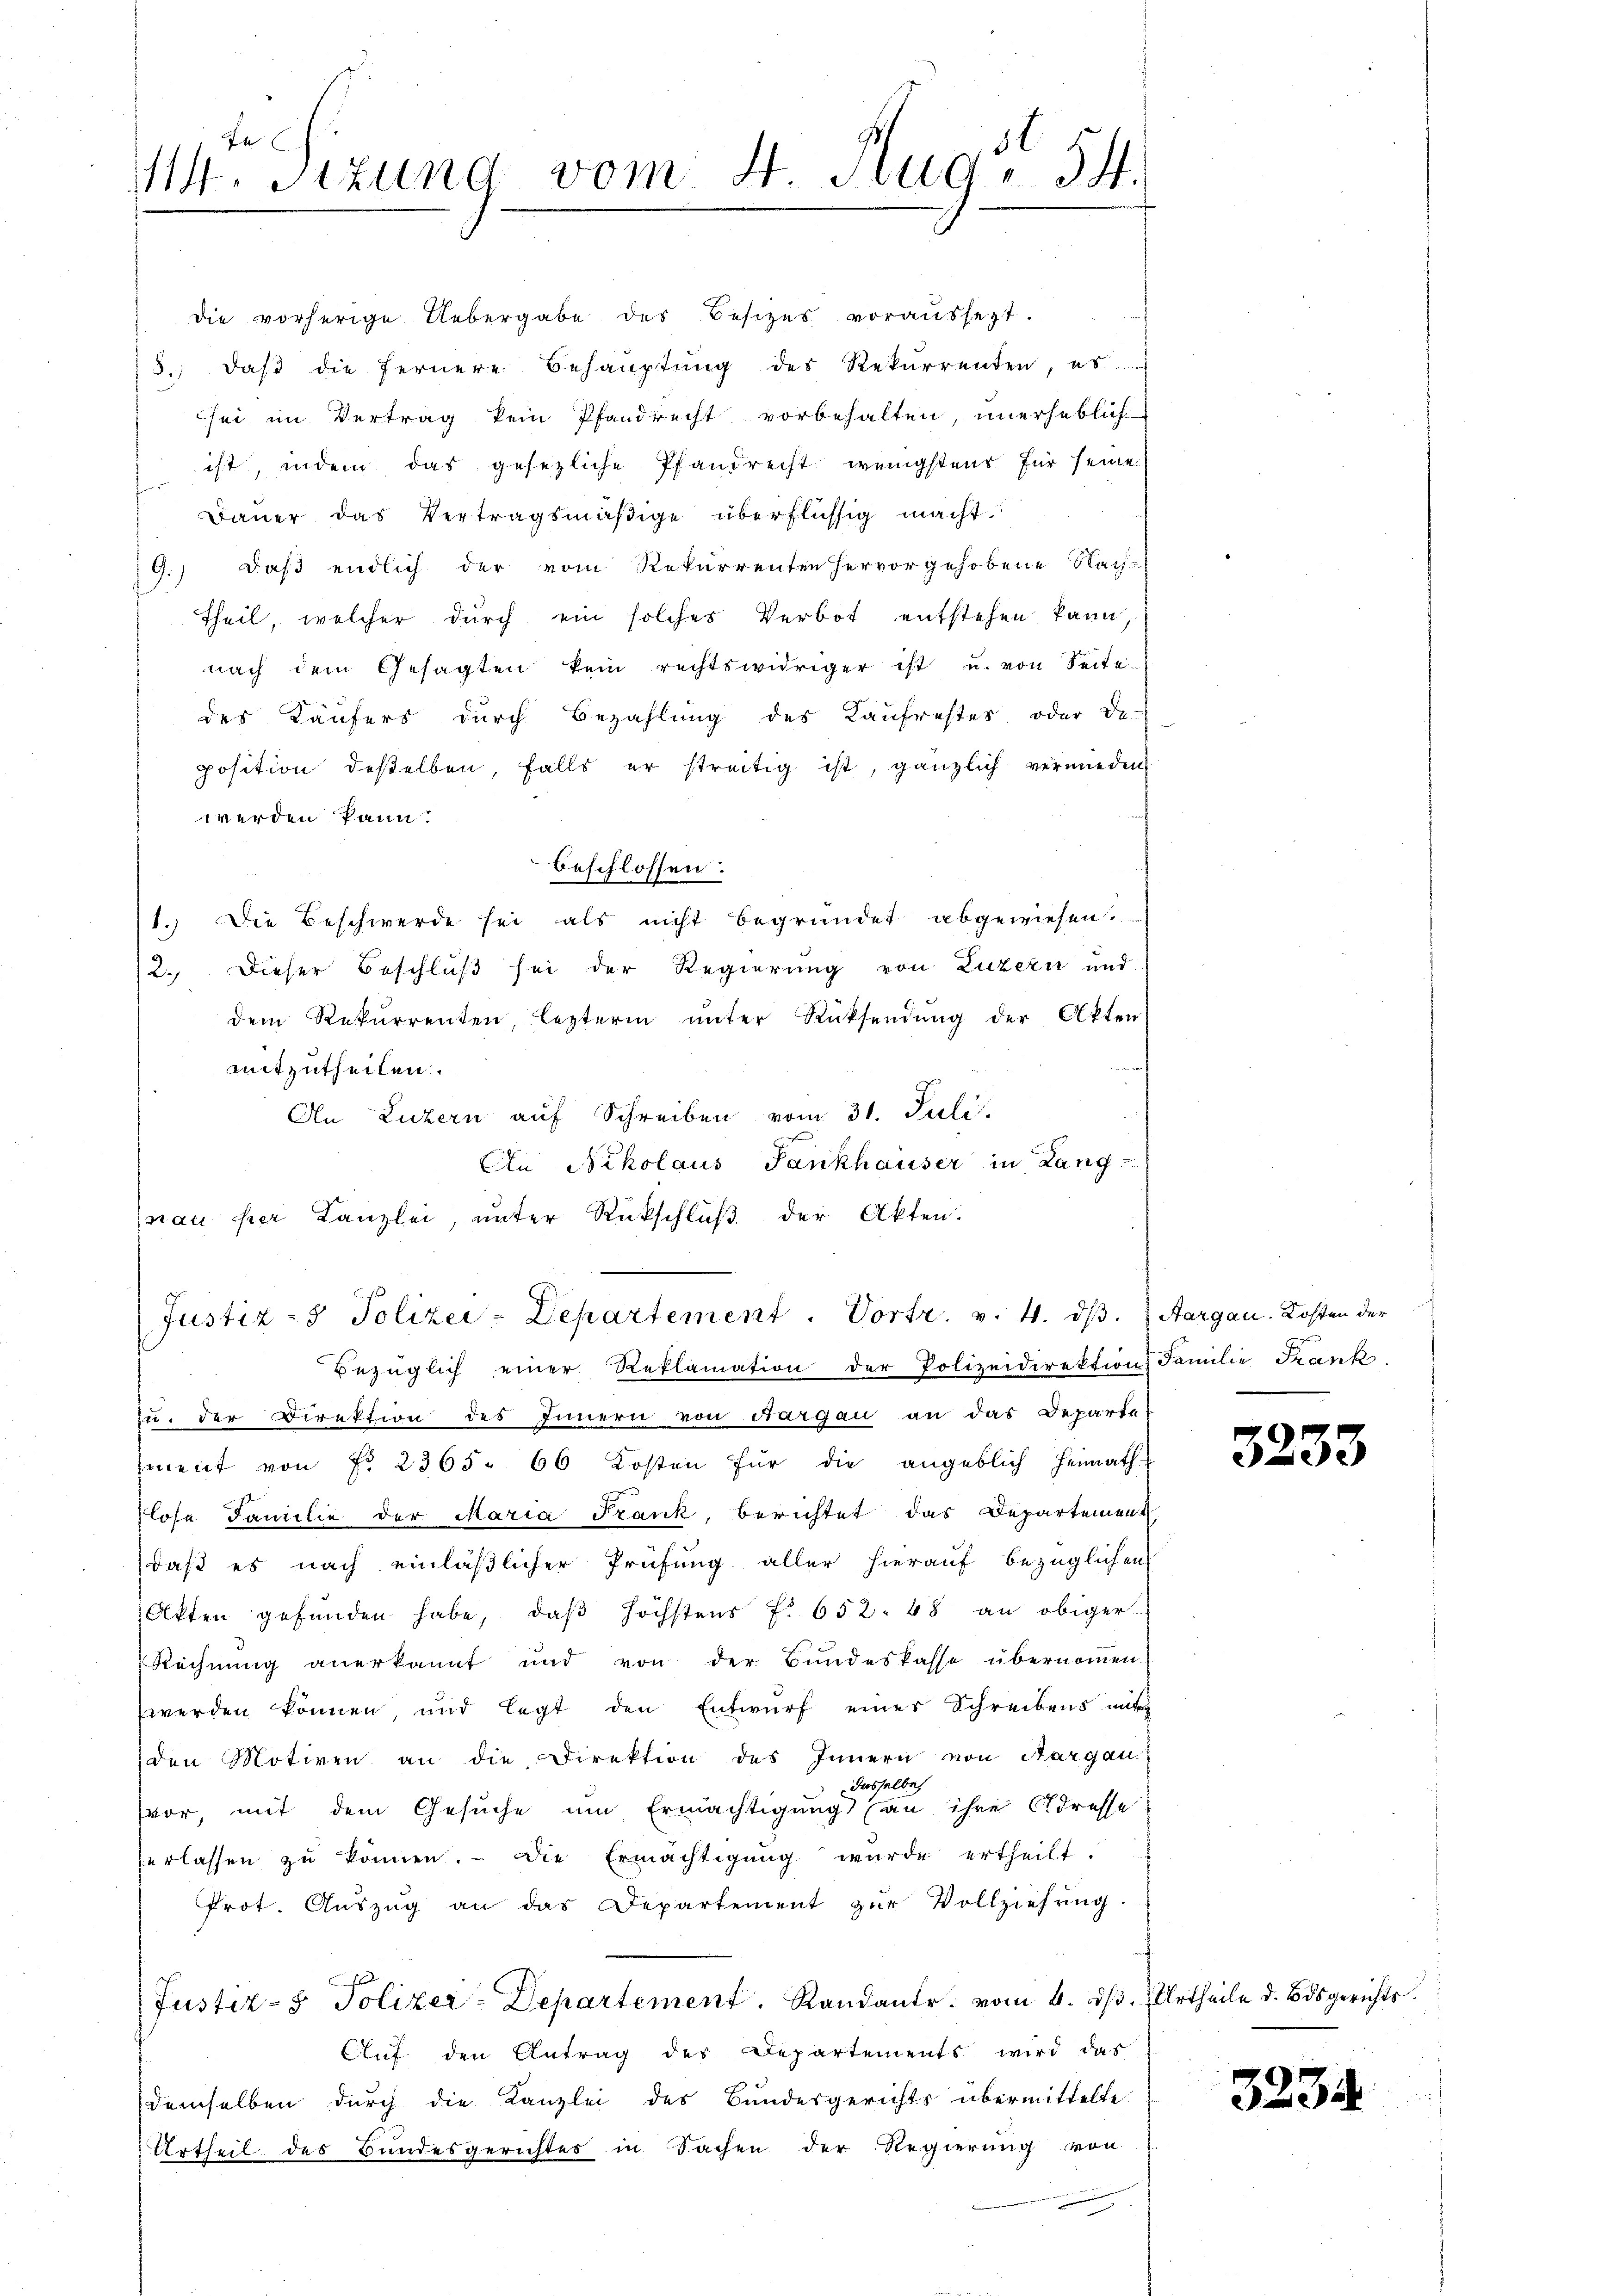
31
14. Sitzung vom 4. Flug, 54.

die vorherige Uebergabe des Besizes voraussezt.
3., daß die fernere Behauptung des Rekurrenten, ab
sei im Vertrag kein Pfandrecht vorbehalten, unerheblich
 ist, indem das gesezliche Pfandrecht wenigstens für seine
Bauer das Vertragsmäßige überflüssig macht
9.) Daß endlich der vom Rekurrenten hervorgehobene Nach-
Theil, welcher durch ein solches Verbot entstehen kann
nach dem Gesagten kein rechtswidriger ist u. von Seite
des Käufers durch Bezahlung des Kaufrestes oder De-
position deßelben, falls er streitig ist, gänzlich vermieden
werden kann.
beschlossen:
1.) Die Beschwerde sei als nicht begründet abgewiesen.
2.) Dieser Beschluß sei der Regierung von Luzern und
dem Rekurrenten, lezterm ŭnter Rücksendŭng der Akten
mitzutheilen.
An Luzern auf Schreiben vom 31. Juli.
Ein Nikolaus Fankhauser in Lang-
nau hier Kanzlei, unter Rückschluß der Akten.
Justiz- & Polizei-Departement. Vortr. v. 4. ds.
Bezüglich einer Reklamation der Polizeidirektion Familie Frank
zu; der Direktion des Innern von Aargau an das Departe-
ment von No 2365. 66 Kosten für die angeblich heimath-
lose Familie der Maria Frank, berichtet das Departement
daß es nach einläßlicher Prüfung aller hierauf bezüglichen
Akten gefŭnden habe, daβ höchstens f. 652. 48 an obiger
Rechnung anerkannt und von der Bundeskasse übernommen.
werden können, und legt den Entwŭrf eines Schreibens mit
den Motiven an die Direktion des Innern von Aargau
Dasselbe
vor, mit dem Gesuche um Ermächtigung (an ihre Adresse
verlassen zu können. Die Ermächtigung wurde ertheilt.
Prot. Aŭszŭg an das Departement zŭr Vollziehung
Justiz- & Polizer-Departement. Randante vom 4. d.
Cluf den Antrag des Departements wird das
demselben durch die Kanzlei des Bundesgerichts übermittelte
Urtheil des Bundesgerichtes in Sachen der Regierung von

Aargau. Kosten der

3233

Urtheile d. Bisgerichts.

3234